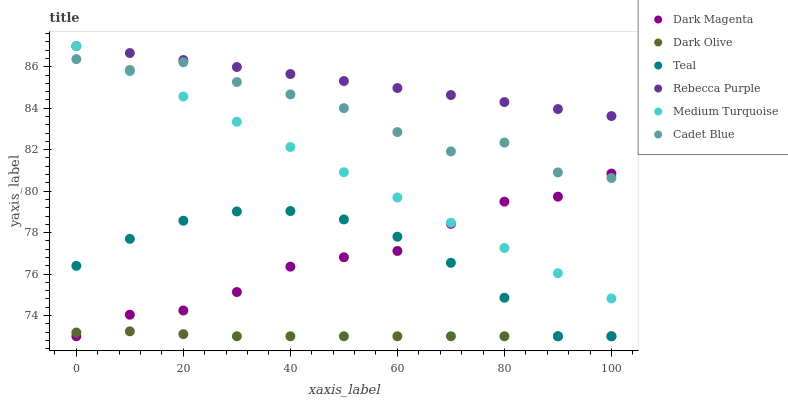
| xaxis_label | Dark Magenta | Dark Olive | Teal | Rebecca Purple | Medium Turquoise | Cadet Blue |
 | --- | --- | --- | --- | --- | --- | --- |
 | 0 | 73 | 73.2 | 76.4 | 87 | 87 | 86.4 |
 | 10 | 74 | 73.2 | 77.7 | 86.7 | 85.8 | 85.8 |
 | 20 | 74.2 | 73.1 | 78.6 | 86.3 | 84.6 | 86.2 |
 | 30 | 75.1 | 73 | 79 | 86 | 83.3 | 85.3 |
 | 40 | 76.4 | 73 | 79 | 85.6 | 82.1 | 84.7 |
 | 50 | 76.8 | 73 | 78.6 | 85.3 | 80.9 | 84 |
 | 60 | 77.1 | 73 | 77.8 | 85 | 79.7 | 82.8 |
 | 70 | 78.4 | 73 | 76.5 | 84.6 | 78.5 | 81.9 |
 | 80 | 79.5 | 73 | 74.9 | 84.3 | 77.3 | 82.3 |
 | 90 | 79.7 | 73 | 73 | 84 | 76 | 80.9 |
 | 100 | 80.8 | 73 | 73 | 83.6 | 74.8 | 80.6 |